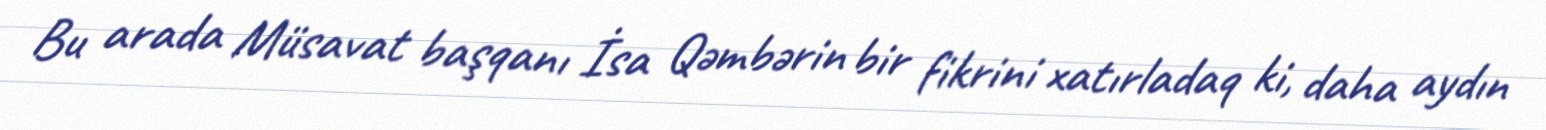
Bu arada Müsavat başqanı İsa Qəmbərin bir fikrini xatırladaq ki, daha aydın